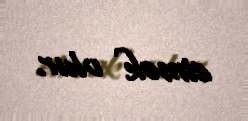
etmək olur.